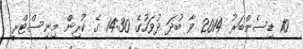
10 ޑިސެންބަރު 2014 ވާ ބުދަ ދުވަހުގެ 14:30 ގެ ކުރިން މިނިސްޓްރީ